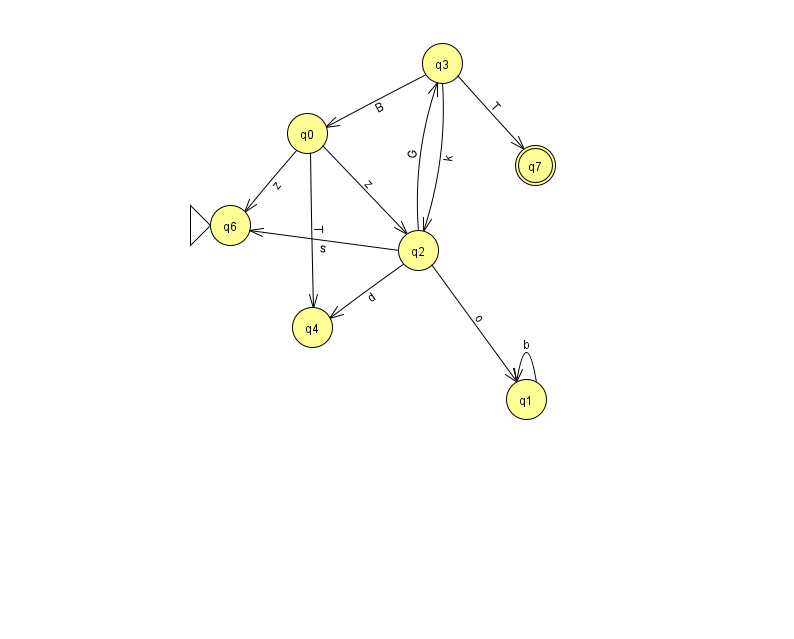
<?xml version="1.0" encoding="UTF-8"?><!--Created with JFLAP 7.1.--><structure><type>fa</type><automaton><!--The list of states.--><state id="0" name="q0"><x>307.0</x><y>120.0</y></state><state id="1" name="q1"><x>526.0</x><y>386.0</y></state><state id="2" name="q2"><x>418.0</x><y>237.0</y></state><state id="3" name="q3"><x>442.0</x><y>50.0</y></state><state id="4" name="q4"><x>312.0</x><y>314.0</y></state><state id="6" name="q6"><x>230.0</x><y>212.0</y><initial/></state><state id="7" name="q7"><x>535.0</x><y>152.0</y><final/></state><!--The list of transitions.--><transition><from>0</from><to>2</to><read>z</read></transition><transition><from>3</from><to>0</to><read>B</read></transition><transition><from>1</from><to>1</to><read>b</read></transition><transition><from>3</from><to>2</to><read>k</read></transition><transition><from>2</from><to>1</to><read>o</read></transition><transition><from>2</from><to>4</to><read>d</read></transition><transition><from>0</from><to>6</to><read>z</read></transition><transition><from>3</from><to>7</to><read>T</read></transition><transition><from>0</from><to>4</to><read>T</read></transition><transition><from>2</from><to>6</to><read>s</read></transition><transition><from>2</from><to>3</to><read>G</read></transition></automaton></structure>